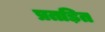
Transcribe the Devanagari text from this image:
प्रतड़ित